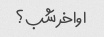
اواخر شب؟